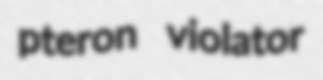
pteron violator